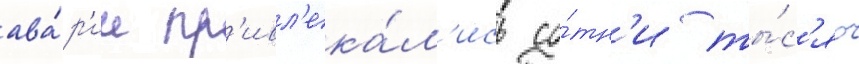
ава́р'ии пр'ивл'ека́л'ись со́тн'и ты́с'яч